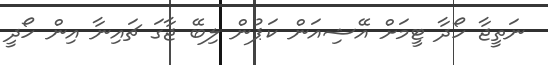
ނަތީޖާ ހޯދާ ޓީމަށް އޭޝިއަން ކަޕުން ލިބޭ ޖާގަ ޗައިނާ އިން ހޯދީ